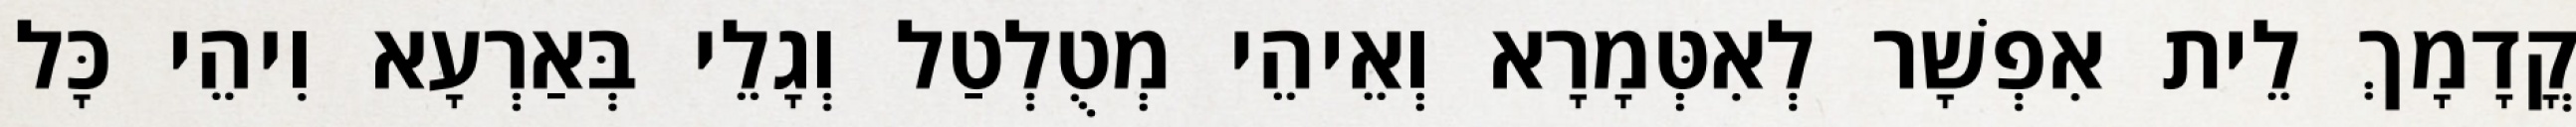
קֳדָמָךְ לֵית אִפְשָׁר לְאִטְּמָרָא וְאֵיהֵי מְטֻלְטַל וְגָלֵי בְּאַרְעָא וִיהֵי כָּל